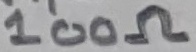
Text: 100Ω